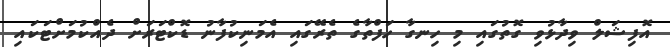
އޮފިޝަލް ވިދާޅުވި ގޮތުގައި މި ހިނގާ ހަފްތާގެ ތެރޭގައި އެމަނިކުފާނު ޑޮކްޓަރަށް ދެއްކުމަށްޓަކައި